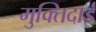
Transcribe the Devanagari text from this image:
मुक्तिदाई